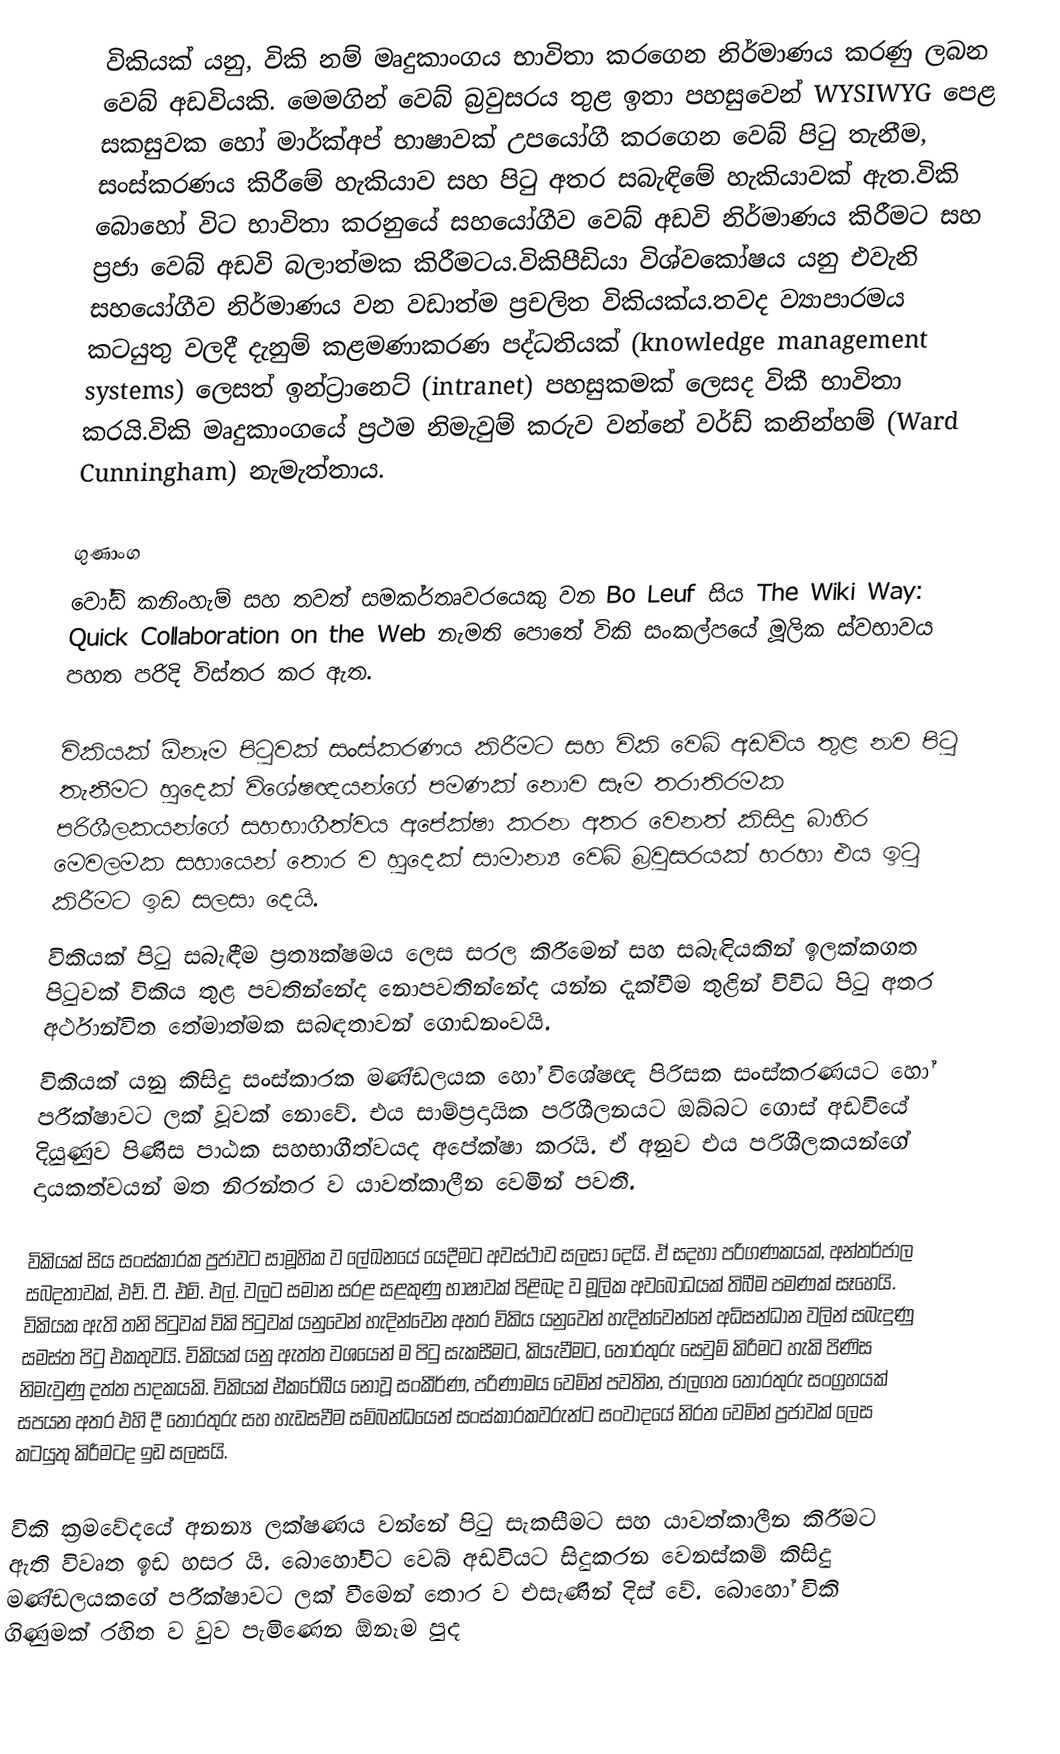
විකියක් යනු, විකි නම් මෘදුකාංගය භාවිතා කරගෙන නිර්මාණය කරණු ලබන වෙබ් අඩවියකි. මෙමගින් වෙබ් බ්‍රවුසරය තුළ ඉතා පහසුවෙන් WYSIWYG පෙළ සකසුවක හෝ මාර්ක්අප් භාෂාවක් උපයෝගී කරගෙන වෙබ් පිටු තැනීම, සංස්කරණය කිරීමේ හැකියාව සහ පිටු අතර සබැඳිමේ හැකියාවක් ඇත.විකි බොහෝ විට භාවිතා කරනුයේ සහයෝගීව වෙබ් අඩවි නිර්මාණය කිරීමට සහ ප්‍රජා වෙබ් අඩවි බලාත්මක කිරීමටය.විකිපීඩියා විශ්වකෝෂය යනු එවැනි සහයෝගීව නිර්මාණය වන වඩාත්ම ප්‍රචලිත විකියක්ය.තවද ව්‍යාපාරමය කටයුතු වලදී දැනුම් කළමණාකරණ පද්ධතියක් (knowledge management systems) ලෙසත් ඉන්ට්‍රානෙට් (intranet) පහසුකමක් ලෙසද විකී භාවිතා කරයි.විකි මෘදුකාංගයේ ප්‍රථම නිමැවුම් කරුව වන්නේ වර්ඩ් කනින්හම් (Ward Cunningham) නැමැත්තාය.

ගුණාංග
වෝඩ් කනිංහැම් සහ තවත් සමකර්තෘවරයෙකු වන Bo Leuf  සිය The Wiki Way: Quick Collaboration on the Web නැමති පොතේ විකි සංකල්පයේ මූලික ස්වභාවය පහත පරිදි විස්තර කර ඇත.

 විකියක් ඕනෑම පිටුවක් සංස්කරණය කිරීමට සහ විකි වෙබ් අඩවිය තුළ නව පිටු තැනීමට හුදෙක් විශේෂඥයන්ගේ පමණක් නොව සෑම තරාතිරමක පරිශීලකයන්ගේ සහභාගීත්වය අපේක්ෂා කරන අතර වෙනත් කිසිදු බාහිර මෙවලමක සහායෙන් තොර ව හුදෙක් සාමාන්‍ය වෙබ් බ්‍රවුසරයක් හරහා එය ඉටු කිරීමට ඉඩ සලසා දෙයි.
 විකියක් පිටු සබැඳීම ප්‍රත්‍යක්ෂමය ලෙස සරල කිරීමෙන් සහ සබැඳියකින් ඉලක්කගත පිටුවක් විකිය තුළ පවතින්නේද නොපවතින්නේද යන්න දැක්වීම තුළින් විවිධ පිටු අතර අර්ථාන්විත තේමාත්මක සබඳතාවන් ගොඩනංවයි.
 විකියක් යනු කිසිදු සංස්කාරක මණ්ඩලයක හෝ විශේෂඥ පිරිසක සංස්කරණයට හෝ පරීක්ෂාවට ලක් වූවක් නොවේ. එය සාම්ප්‍රදායික පරිශීලනයට ඔබ්බට ගොස් අඩවියේ දියුණුව පිණිස පාඨක  සහභාගීත්වයද අපේක්ෂා කරයි. ඒ අනුව එය පරිශීලකයන්ගේ දායකත්වයන් මත නිරන්තර ව යාවත්කාලීන වෙමින් පවතී.

විකියක් සිය සංස්කාරක ප්‍රජාවට සාමූහික ව ලේඛනයේ යෙදීමට අවස්ථාව සලසා දෙයි. ඒ සදහා පරිගණකයක්, අන්තර්ජාල සබදතාවක්, එච්. ටී. එම්. එල්. වලට සමාන සරළ සළකුණු භාෂාවක් පිළිබද ව මූලික අවබෝධයක් තිබීම පමණක් සෑහෙයි. විකියක ඇති තනි පිටුවක් විකි පිටුවක් යනුවෙන් හැදින්වෙන අතර විකිය යනුවෙන් හැදින්වෙන්නේ අධිසන්ධාන වලින් සබැදුණු සමස්ත පිටු එකතුවයි. විකියක් යනු ඇත්ත වශයෙන් ම පිටු සැකසීමට, කියැවීමට, තොරතුරු සෙවුම් කිරීමට හැකි පිණිස නිමැවුණු දත්ත පාදකයකි. විකියක් ඒකරේඛීය නොවූ සංකීර්ණ, පරිණාමය වෙමින් පවතින, ජාලගත තොරතුරු සංග්‍රහයක් සපයන අතර එහි දී තොරතුරු සහ හැඩසවීම සම්බන්ධයෙන් සංස්කාරකවරුන්ට සංවාදයේ නිරත වෙමින් ප්‍රජාවක් ලෙස කටයුතු කිරීමටද ඉඩ සලසයි.

විකි ක්‍රමවේදයේ අනන්‍ය ලක්ෂණය වන්නේ පිටු සැකසීමට සහ යාවත්කාලීන කිරීමට ඇති විවෘත ඉඩ හසර යි. බොහෝවිට වෙබ් අඩවියට සිදුකරන වෙනස්කම් කිසිදු මණ්ඩලයකගේ පරීක්ෂාවට ලක් වීමෙන් තොර ව එසැණින් දිස් වේ. බොහෝ විකි ගිණුමක් රහිත ව වුව පැමිණෙන ඕනෑම පුද